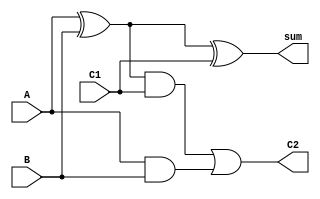
module adder(input A, input B , input C1, output sum , output C2);
assign sum = (A^B)^(C1);
assign C2 = ((A^B)&C1) | (A&B);
endmodule